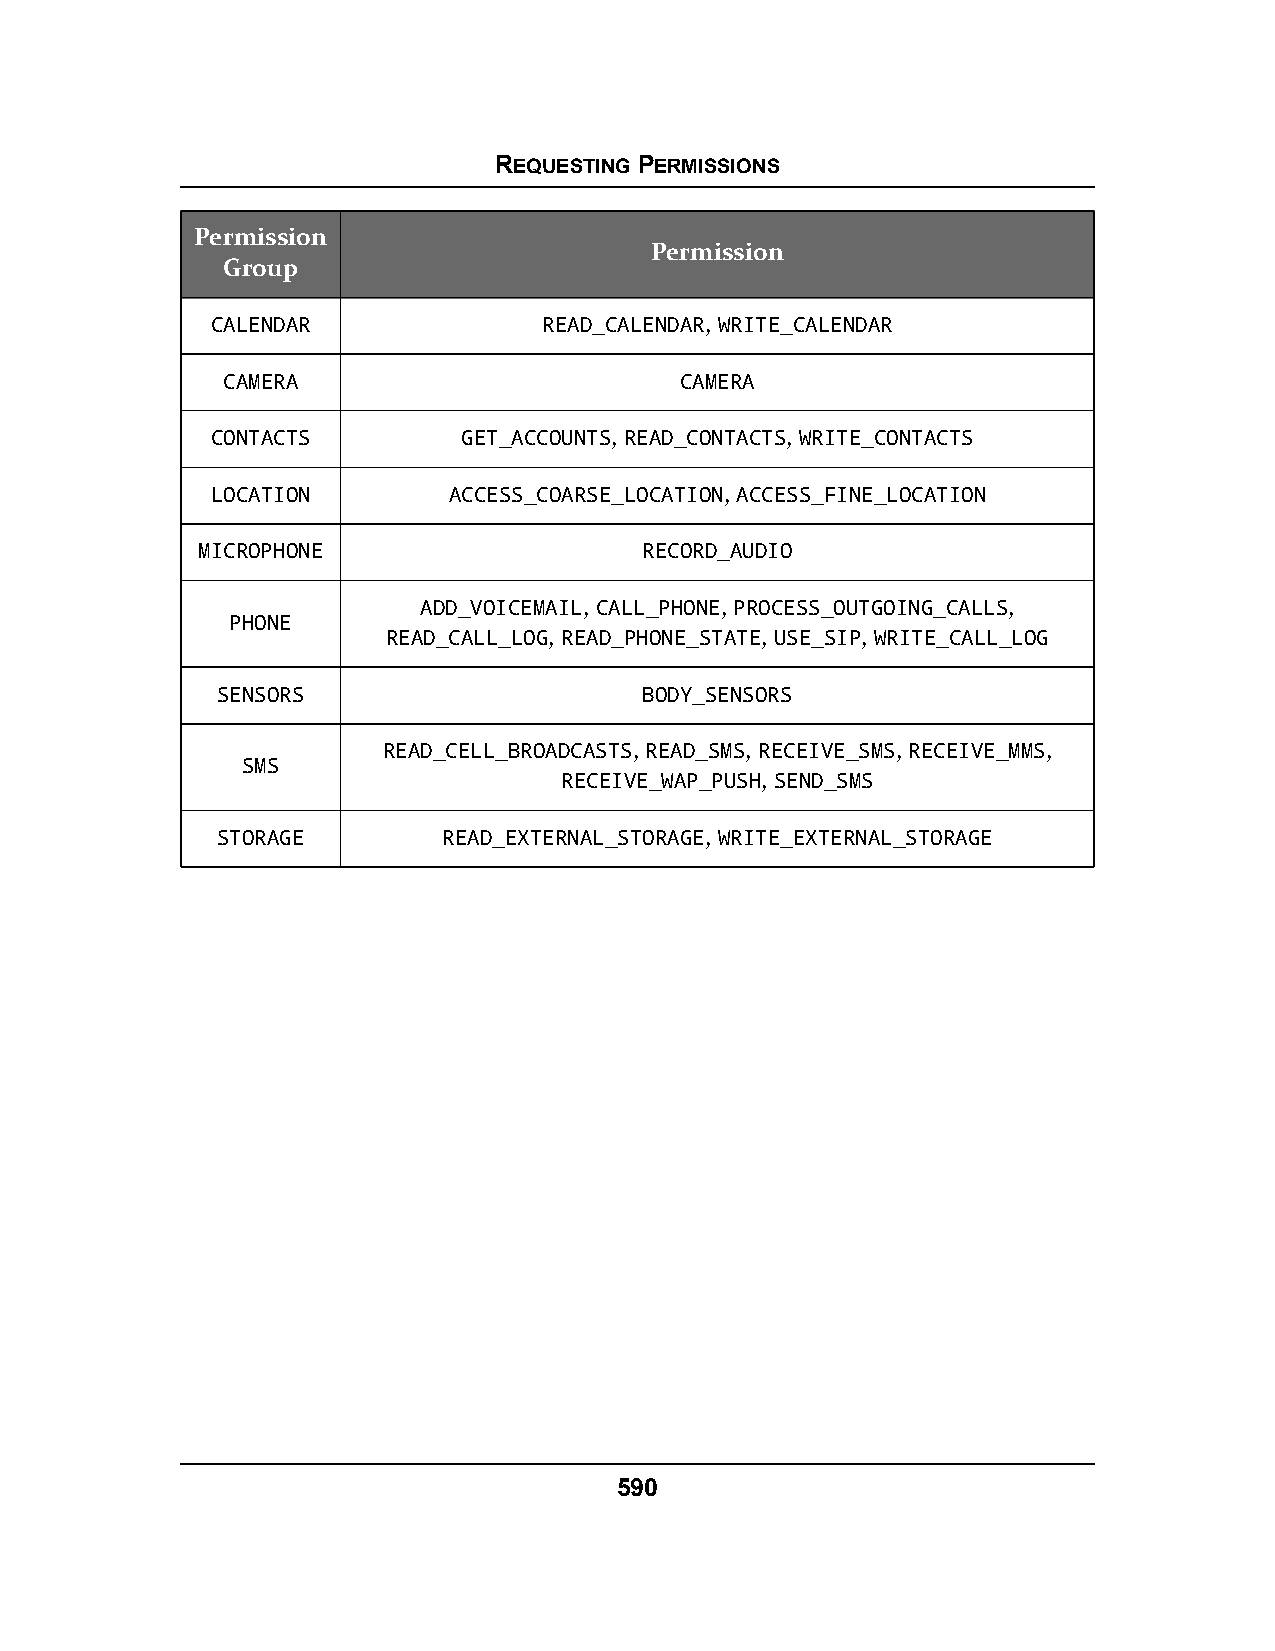
REQUESTING PERMISSIONS
 Permission
 Permission
 Group
 CALENDAR              READ_CALENDAR, WRITE_CALENDAR
 CAMERA                        CAMERA
 CONTACTS         GET_ACCOUNTS, READ_CONTACTS, WRITE_CONTACTS
 LOCATION        ACCESS_COARSE_LOCATION, ACCESS_FINE_LOCATION
 MICROPHONE                    RECORD_AUDIO
 ADD_VOICEMAIL, CALL_PHONE, PROCESS_OUTGOING_CALLS,
 PHONE
 READ_CALL_LOG, READ_PHONE_STATE, USE_SIP, WRITE_CALL_LOG
 SENSORS                      BODY_SENSORS
 READ_CELL_BROADCASTS, READ_SMS, RECEIVE_SMS, RECEIVE_MMS,
 SMS
 RECEIVE_WAP_PUSH, SEND_SMS
 STORAGE        READ_EXTERNAL_STORAGE, WRITE_EXTERNAL_STORAGE
 590